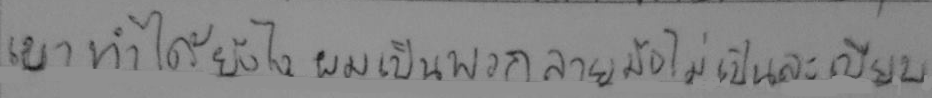
เขาทำได้ยังไงแมเป็นพวกลายมือไม่เป็นละเบียบ